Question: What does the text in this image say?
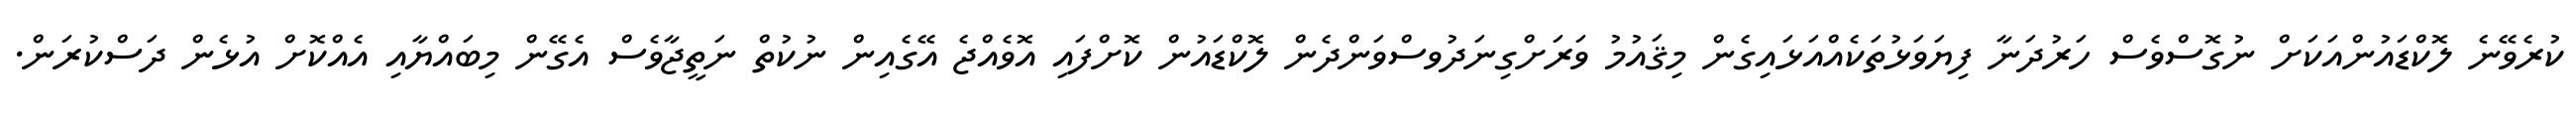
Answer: ކުރެވޭނެ ލޮކްޑައުންއަކަށް ނުގޮސްވެސް ހަރުދަނާ ފިޔަވަޅުތަކެއްއަޅައިގެން މިޤައުމު ވަރަށްގިނަދުވސްވަންދެން ލޮކްޑައުން ކޮށްފައި އޮވެއްޖެ އޭގެއިން ނުކުތް ނަތީޖާވެސް އެގޭން މިބައްޔާއި އެއްކޮށް އުޅެން ދަސްކުރަން.